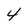
Character: 4